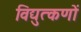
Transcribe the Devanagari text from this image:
विद्युत्कणों